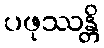
ပဖုဿန္တိ